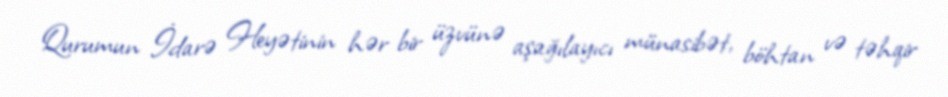
Qurumun İdarə Heyətinin hər bir üzvünə aşağılayıcı münasibət, böhtan və təhqir